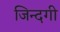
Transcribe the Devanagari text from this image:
जिन्‍दगी